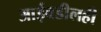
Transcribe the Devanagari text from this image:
आईवडीलही